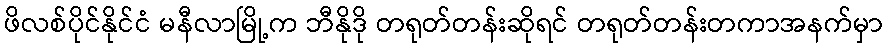
ဖိလစ်ပိုင်နိုင်ငံ မနီလာမြို့က ဘီနိုဒို တရုတ်တန်းဆိုရင် တရုတ်တန်းတကာအနက်မှာ